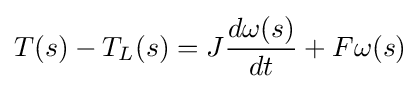
T(s)-T_{L}(s)=J{d\omega (s) \over dt}+F\omega (s)